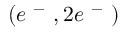
( e ^ { \mathrm { ~ - ~ } } , 2 e ^ { \mathrm { ~ - ~ } } )